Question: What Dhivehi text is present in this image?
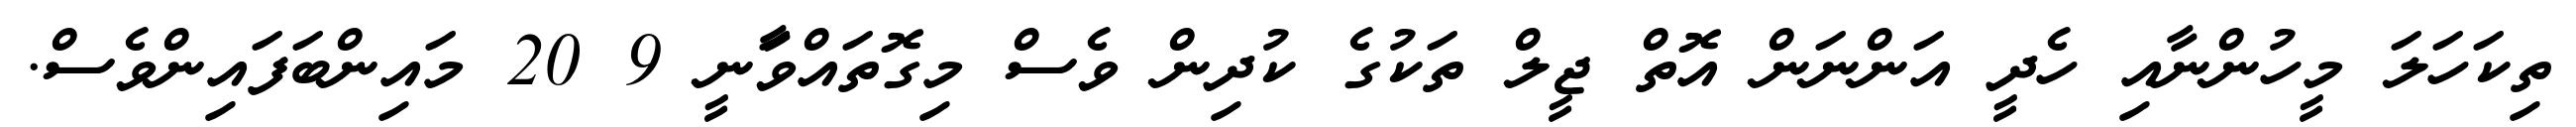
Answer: ތިކަހަލަ މީހުންނާއި ހެދީ އަންނަން އޮތް ޖީލް ތަކުގެ ކުދިން ވެސް މިގޮތައްވަާނީ 9 20 މައިންބަފައިންވެސް.